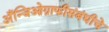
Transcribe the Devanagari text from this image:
अँन्जिओग्राफीसंबंधीचे